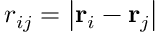
r _ { i j } = \left| \mathbf { r } _ { i } - \mathbf { r } _ { j } \right|